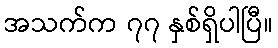
အသက်က ၇၇ နှစ်ရှိပါပြီ။